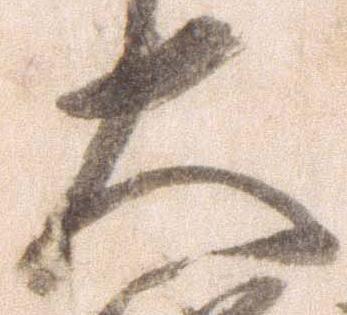
大